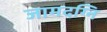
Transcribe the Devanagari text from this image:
जामदग्नि